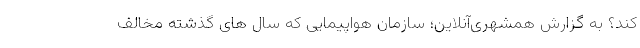
کند؟ به گزارش همشهری‌آنلاین؛ سازمان هواپیمایی که سال های گذشته مخالف